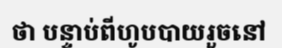
ថា បន្ទាប់ពីហូបបាយរួចនៅ